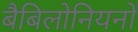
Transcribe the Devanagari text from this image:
बैबिलोनियनों